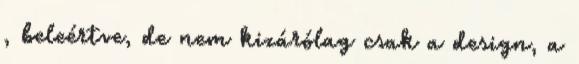
, beleértve, de nem kizárólag csak a design, a